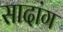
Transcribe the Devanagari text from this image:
सादांग